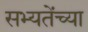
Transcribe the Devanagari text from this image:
सभ्यतेंच्या